Leucocytozoon canis - Number 26
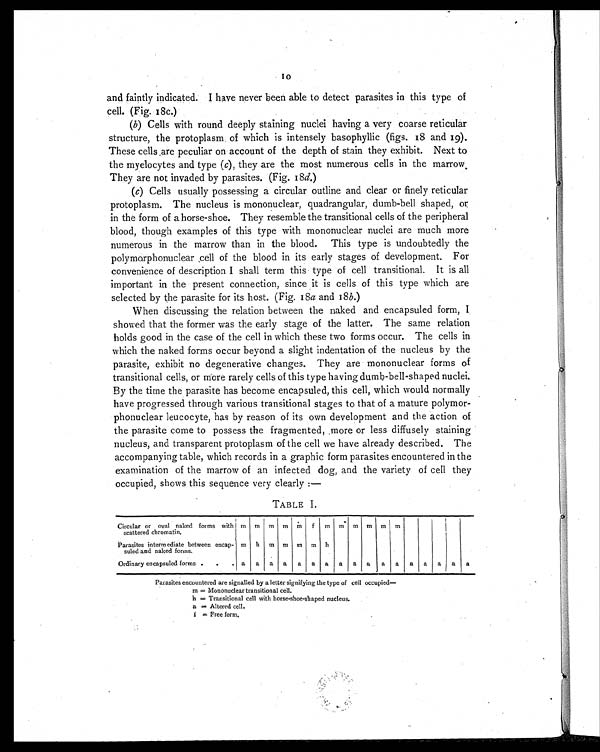
10
and faintly indicated. I have never been able to detect parasites in this type of
cell. (Fig. 18c.)
(b) Cells with round deeply staining nuclei having a. very coarse reticular
structure, the protoplasm of which is intensely basophyllic (figs. 18 and 19).
These cells are peculiar on account of the depth of stain they exhibit. Next to
the myelocytes and type (c) , they are the most numerous cells in the marrow.
They are not invaded by parasites. (Fig. 18d.)
(c) Cells usually possessing a circular outline and clear or finely reticular
protoplasm. The nucleus is mononuclear, quadrangular, dumb-bell shaped, or
in the form of a horse-shoe. They resemble the transitional cells of the peripheral
blood, though examples of this type with mononuclear nuclei are much more
numerous in the marrow than in the blood. This type is undoubtedly the
polymorphonuclear cell of the blood in its early stages of development. For
convenience of description I shall term this type of cell transitional. It is all
important in the present connection, since it is cells of this type which are
selected by the parasite for its host. (Fig. 18a and 18 b .)
When discussing the relation between the naked and encapsuled form, I
showed that the former was the early stage of the latter. The same relation
holds good in the case of the cell in which these two forms occur. The cells in
which the naked forms occur beyond a slight indentation of the nucleus by the
parasite, exhibit no degenerative changes. They are mononuclear forms of
transitional cells, or more rarely cells of this type having dumb-bell-shaped nuclei.
By the time the parasite has become encapsuled, this cell, which would normally
have progressed through various transitional stages to that of a mature polymor-
phonuclear leucocyte, has by reason of its own development and the action of
the parasite come to possess the fragmented, more or less diffusely staining
nucleus, and transparent protoplasm of the cell we have already described. The
accompanying table, which records in a graphic form parasites encountered in the
examination of the marrow of an infected dog, and the variety of cell they
occupied, shows this sequence very clearly :—
TABLE I.
Circular or oval naked forms with
scattered chromatin.
m
m m m
m m
m m m m m m
Parasites intermediate between encap-
suled and naked forms.
m h m m m m h
Ordinary encapsuled forms .
.
. a
a
a a
a
a
a
a
a
a
a
a
a
a
a
a
a
Parasites encountered are signalled by a letter signifying the type of cell occupied
—
m = M o n o n u c l e a r t r a n s i t i o n a l c e l l .
h = Transitional cell with horse-shoe-shaped nucleus.
a = Altered cell.
f = Free form.